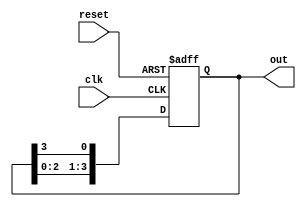
module ring_counter #(
    parameter N = 4  // Number of flip-flops
)(
    input wire clk,       // Clock signal
    input wire reset,     // Asynchronous reset signal
    output reg [N-1:0] out // Output of the ring counter
);

// Initial state for the ring counter
initial begin
    out = 1'b1; // Start with the first flip-flop set to '1'
end

// Always block for synchronous operation
always @(posedge clk or posedge reset) begin
    if (reset) begin
        out <= 1'b1; // Reset to initial state
    end else begin
        // Shift the '1' to the next flip-flop
        out <= {out[N-2:0], out[N-1]}; // Shift left and wrap around
    end
end

endmodule